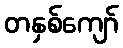
တနှစ်ကျော်